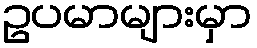
ဥပမာများမှာ